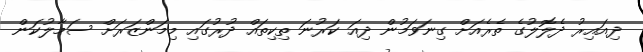
ދިއައިރު ދެލޮލުގެ ތެރެއަށް ގިނަވަމުން ދިއަ ކަރުނަ ތިކިތައް ދުރުގައި މިމަންޒަރަށް ސަމާލުކަން